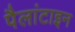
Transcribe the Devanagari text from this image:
पैलांटाइन